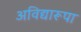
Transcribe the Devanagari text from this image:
अविद्यारूपा